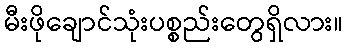
မီးဖိုချောင်သုံးပစ္စည်းတွေရှိလား။